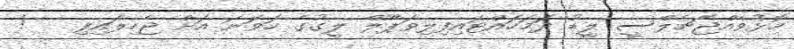
މޮޅުވެއްޖެޗެލްސީ ލީޑު ދަމަހައްޓައިފިލިވަޕޫލް ލީގުގެ ހަވަނަ އަށް ޖެހިލައިފި   !